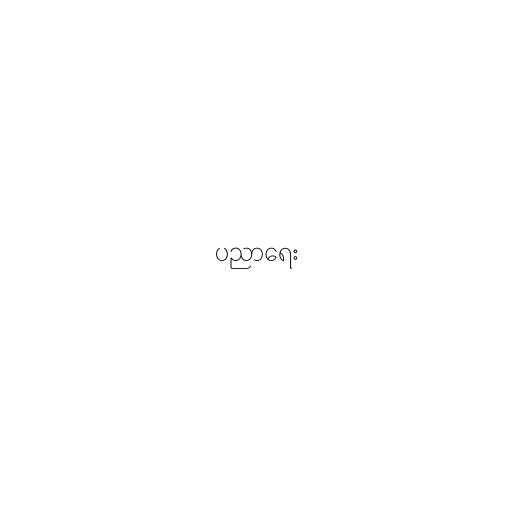
ပညာရေး